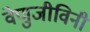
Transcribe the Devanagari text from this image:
वेणुजीविनी